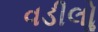
વડીલોૢ